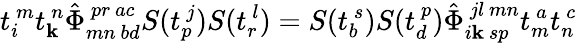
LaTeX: t_{i}^{~m}t_{\mathbf{k}}^{~n}\hat{{\Phi}}_{mn~bd}^{~pr~ac}S(t_{p}^{~j})S(t_{r}^{~l})=S(t_{b}^{~s})S(t_{d}^{~p})\hat{{\Phi}}_{i\mathbf{k}~sp}^{~jl~mn}t_{m}^{~a}t_{n}^{~c}